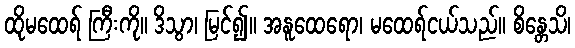
ထိုမထေရ် ကြီးကို။ ဒိသွာ၊ မြင်၍။ အနူထေရော၊ မထေရ်ငယ်သည်။ စိန္တေသိ၊